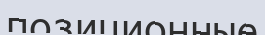
позиционные